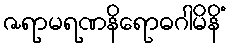
ဇရာမရဏနိရောဓဂါမိနိံ